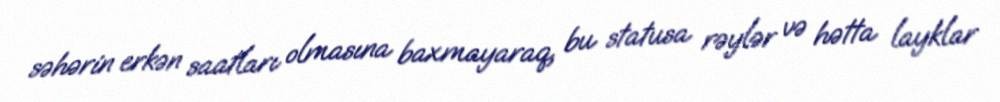
səhərin erkən saatları olmasına baxmayaraq, bu statusa rəylər və hətta layklar